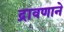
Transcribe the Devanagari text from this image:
द्रावणाने